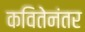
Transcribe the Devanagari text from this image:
कवितेनंतर